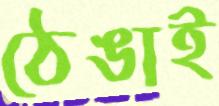
ঠেঙাই